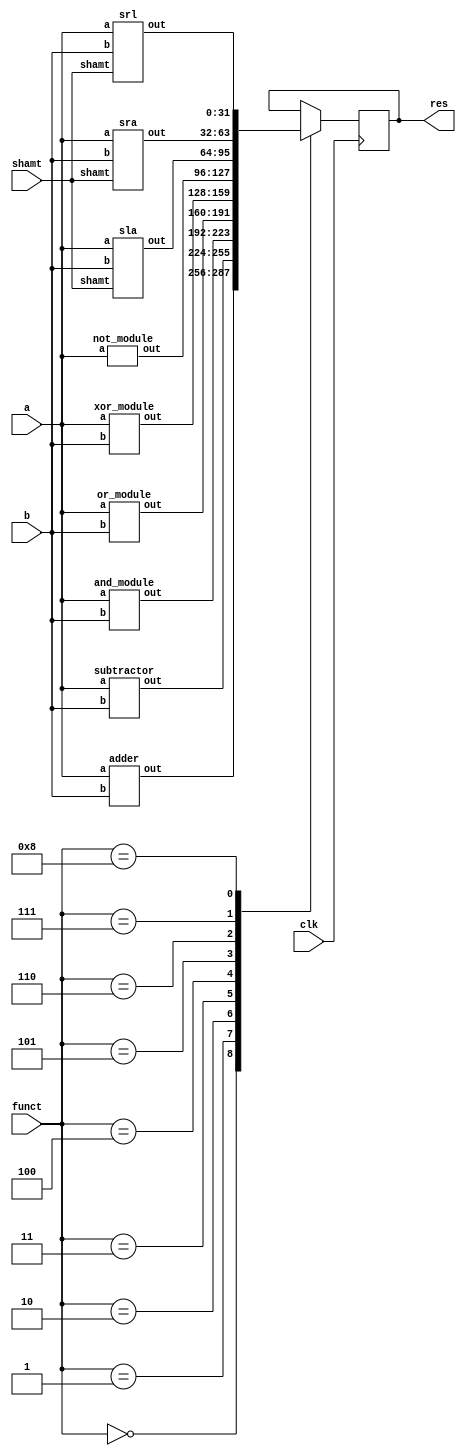
module alu (a,b,shamt,funct,clk,res);
    input [31:0] a;
    input [31:0] b;
    input [4:0] shamt;
    input [5:0] funct;
    input clk;
    output reg [31:0] res;

    parameter 
        ADD = 0,
        SUB = 1,
        AND = 2,
        OR = 3,
        XOR = 4,
        NOT = 5,
        SLA = 6,
        SRA = 7, 
        SRL = 8;

    wire [31:0] add_out, sub_out, and_out, or_out, xor_out, not_out, sla_out, sra_out, srl_out;

    adder       add_gate(a,b,add_out);
    subtractor  sub_gate(a,b,sub_out);
    and_module  and_gate(a,b,and_out);
    or_module   or_gate(a,b,or_out);
    xor_module  xor_gate(a,b,xor_out);
    not_module  not_gate(a,not_out);
    sla         sla_gate(a,b,shamt,sla_out);
    sra         sra_gate(a,b,shamt,sra_out);
    srl         srl_gate(a,b,shamt,srl_out);



    always @(posedge clk)
    begin
        case(funct)
            ADD: res <= add_out;
            SUB: res <= sub_out;
            AND: res <= and_out;
            OR:  res <= or_out;
            XOR: res <= xor_out;
            NOT: res <= not_out;
            SLA: res <= sla_out;
            SRA: res <= sra_out;
            SRL: res <= srl_out;
        endcase
    end
endmodule

module adder(a,b,out);
    input [31:0] a;
    input [31:0] b;
    output reg [31:0] out;

    always @(a or b)
        out = a + b;
endmodule

module subtractor(a,b,out);
    input [31:0] a;
    input [31:0] b;
    output reg [31:0] out;

    always @(a or b)
        out = a - b;
endmodule

module and_module(a,b,out);
    input [31:0] a;
    input [31:0] b;
    output reg [31:0] out;

    always @(a or b)
        out = a & b;
endmodule

module or_module(a,b,out);
    input [31:0] a;
    input [31:0] b;
    output reg [31:0] out;

    always @(a or b)
        out = a | b;
endmodule

module xor_module(a,b,out);
    input [31:0] a;
    input [31:0] b;
    output reg [31:0] out;

    always @(a or b)
        out = a ^ b;
endmodule

module not_module(a,out);
    input [31:0] a;
    output reg [31:0] out;

    always @(a)
        out = ~a;
endmodule

module sla(a,b,shamt,out);
    input signed [31:0] a;
    input signed [31:0] b;
    input signed [4:0] shamt;
    output reg signed [31:0] out;

    always @(a or b or shamt)
        if (shamt)
            out = a <<< shamt;
        else
            out = a <<< b[0];
endmodule

module sra(a,b,shamt,out);
    input signed [31:0] a;
    input signed [31:0] b;
    input signed [4:0] shamt;
    output reg signed [31:0] out;

    always @(a or b or shamt)
        if (shamt)
            out = a >>> shamt;
        else
            out = a >>> b[0];
endmodule   

module srl(a,b,shamt,out);
    input [31:0] a;
    input [31:0] b;
    input [4:0] shamt;
    output reg [31:0] out;

    always @(a or b or shamt)
        if (shamt)
            out = a >> shamt;
        else
            out = a >> b[0];
endmodule